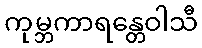
ကုမ္ဘကာရန္တေဝါသီ